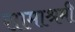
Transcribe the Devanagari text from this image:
सामाश्रमी